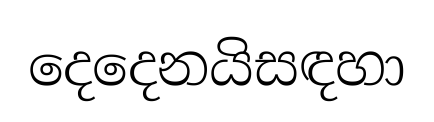
දෙදෙනයිසඳහා